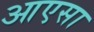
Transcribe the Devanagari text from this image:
आएसा